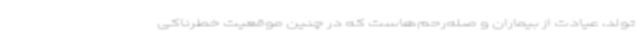
تولد، عیادت از بیماران و صله‌رحم‌هاست که در ‌چنین موقعیت خطرناکی